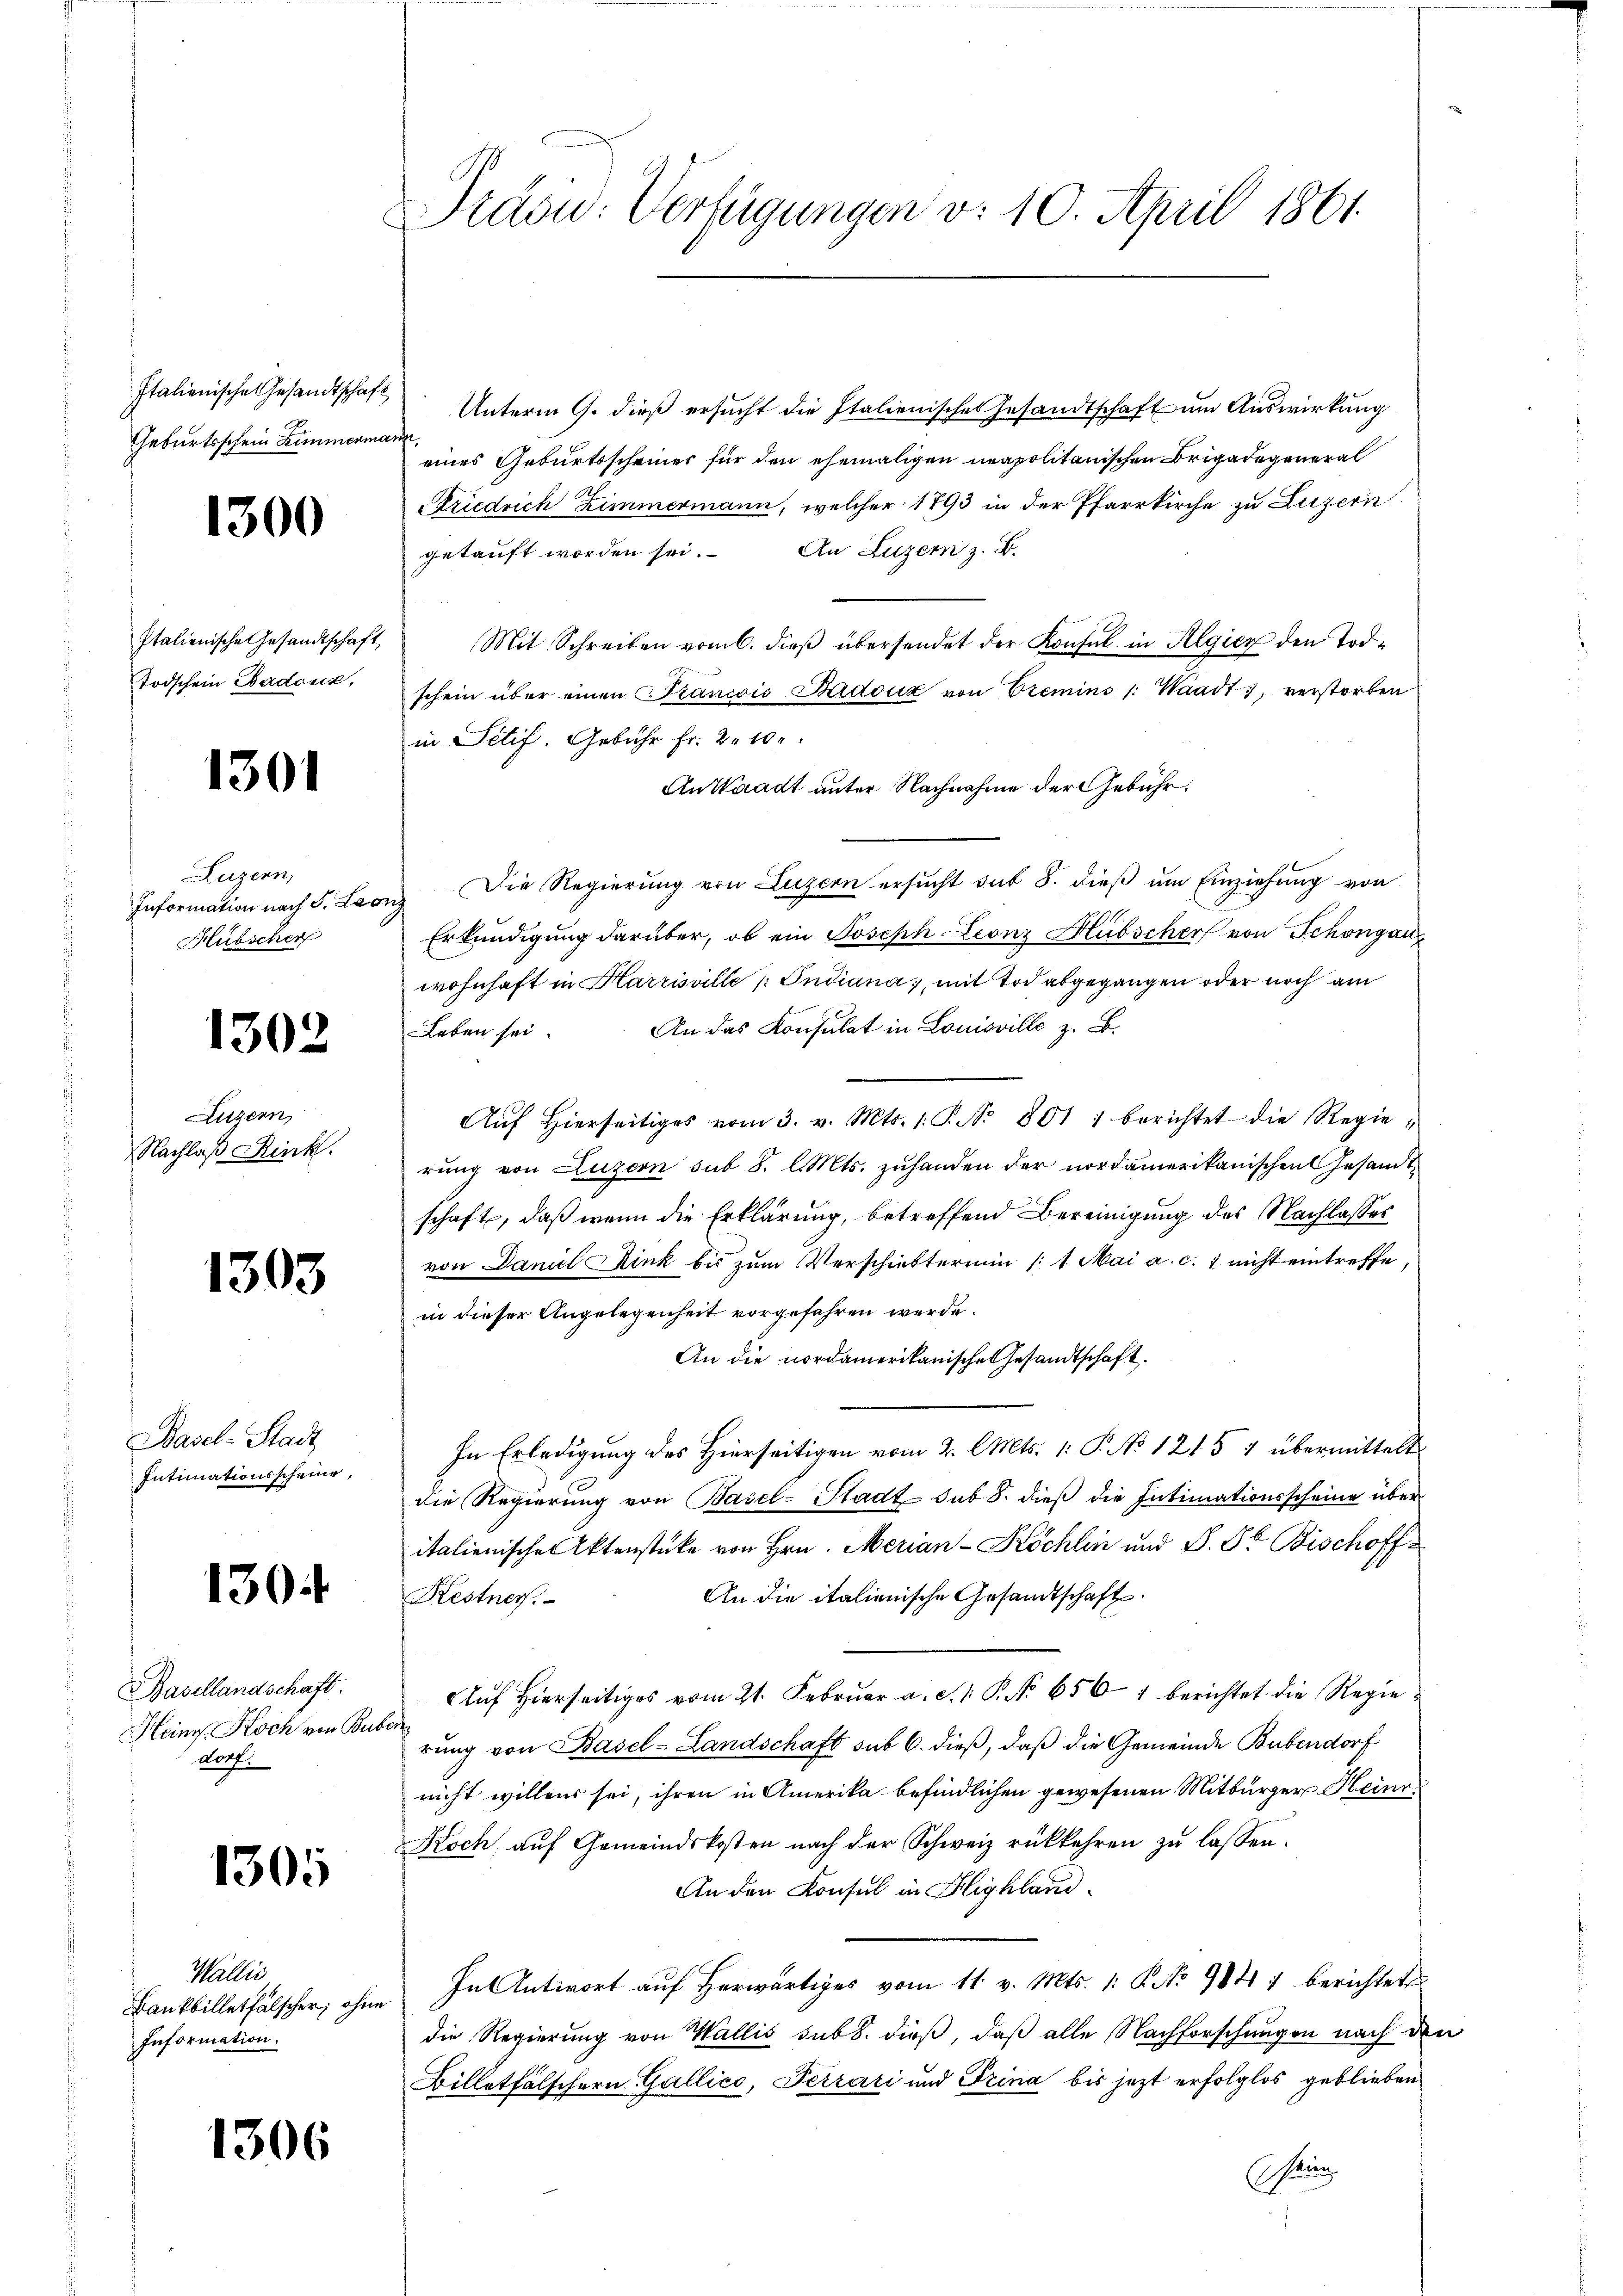
Italienische Gesandtschaft,
Geburtsschein Zimmerma

1300

Italienische Gesandtschaft,
Todschein Badoncz,

1301

Luzern,
Information nach S. Leg
Hübscher

1302

Luzern,
Nachlaß Rink.

1303

Basel-Stadt
Intimationsscheine,

130

Basellandschaft.
Heinr. Koch von Bub
dorf.

1305

Wallis
Bankbilletfälscher, ohne
Information.

1306

Praon: Verfügungen v. 10. April 1861.

Unterm 9. dieß ersucht die Italienische Gesandtschaft um Auswirkung
¬
eines Geburtsscheiner für den ehemaligen neapolitanischen Brigadegeneral
Ariedrich Zimmermann, welcher 1793 in der Pfarrkirche zu Luzern
getauft worden sei. An Luzern z. B.
Mit Schreiben vom 6. dieß übersendet der Konsul in Algiez den Tode
schein über einen Francis Badouz von Premins Waadt, verstorben
in Sitif. Gebühr fr. 2. 10.
An Waadt unter Nachnahme der Gebühr.
Die Regierung von Luzern ersucht sit 8. dieß um Einziehung von
Erkundigung darüber, ob ein Joseph Leonz Hübscher von Schongau
wohnhaft in Harrisville / Indiana, mit Tod abgegangen oder noch am
An das Konsulat in Louisville z. B.
Leben sei.
Aŭf Hierseitiges vom 3. v. Mts. 1. P. Nr. 801 1 berichtet die Regie-
rung von Luzern sub 8. l. Mts. zuhanden der nordamerikanischen Gesandt
schaft, daß wenn die Erklärung, betreffend Bereinigung des Nachlasses
von Daniel Kink bis zum Verschiebtermin /: 1. Mai a. c. 1 nicht eintreffe
in dieser Angelegenheit vorgefahren werde.
An die nordamerikanische Gesandtschaft.
In Erledigung des Hierseitigen vom 2. Cts. 1. P. No 1215 4 übermittelt
die Regierung von Basel-Stadt sub 8. dieß die Intimationsscheine über
italienischen Aktenstücke von Hrn. Merian-Köchlin und S. 8. Bischoff¬
An die italienische Gesandtschaft
Kestner.
Auf hierseitiges vom 21. Febrŭar a. S. 1. P. Nr. 6567 berichtet die Regierung von Basel-Landschaft sub 6. dieß, daß die Gemeinde Bubendorf
nicht willens sei, ihren in Amerika befindlichen gewesenen Mitbürger Heinr¬
Koch, auf Gemeindskosten nach der Schweiz rückkehren zu lassen.
An den Konsul in Highland
In Antwort auf herwärtiges vom 11. v. Mts. 1. No 984. berichtete
die Regierung von Wallis sub 8. dieß, daß alle Nachforschungen nach den
Billetfälschern Gallico, Terrari und Trina bis jetzt erfolglos geblieben
Gein